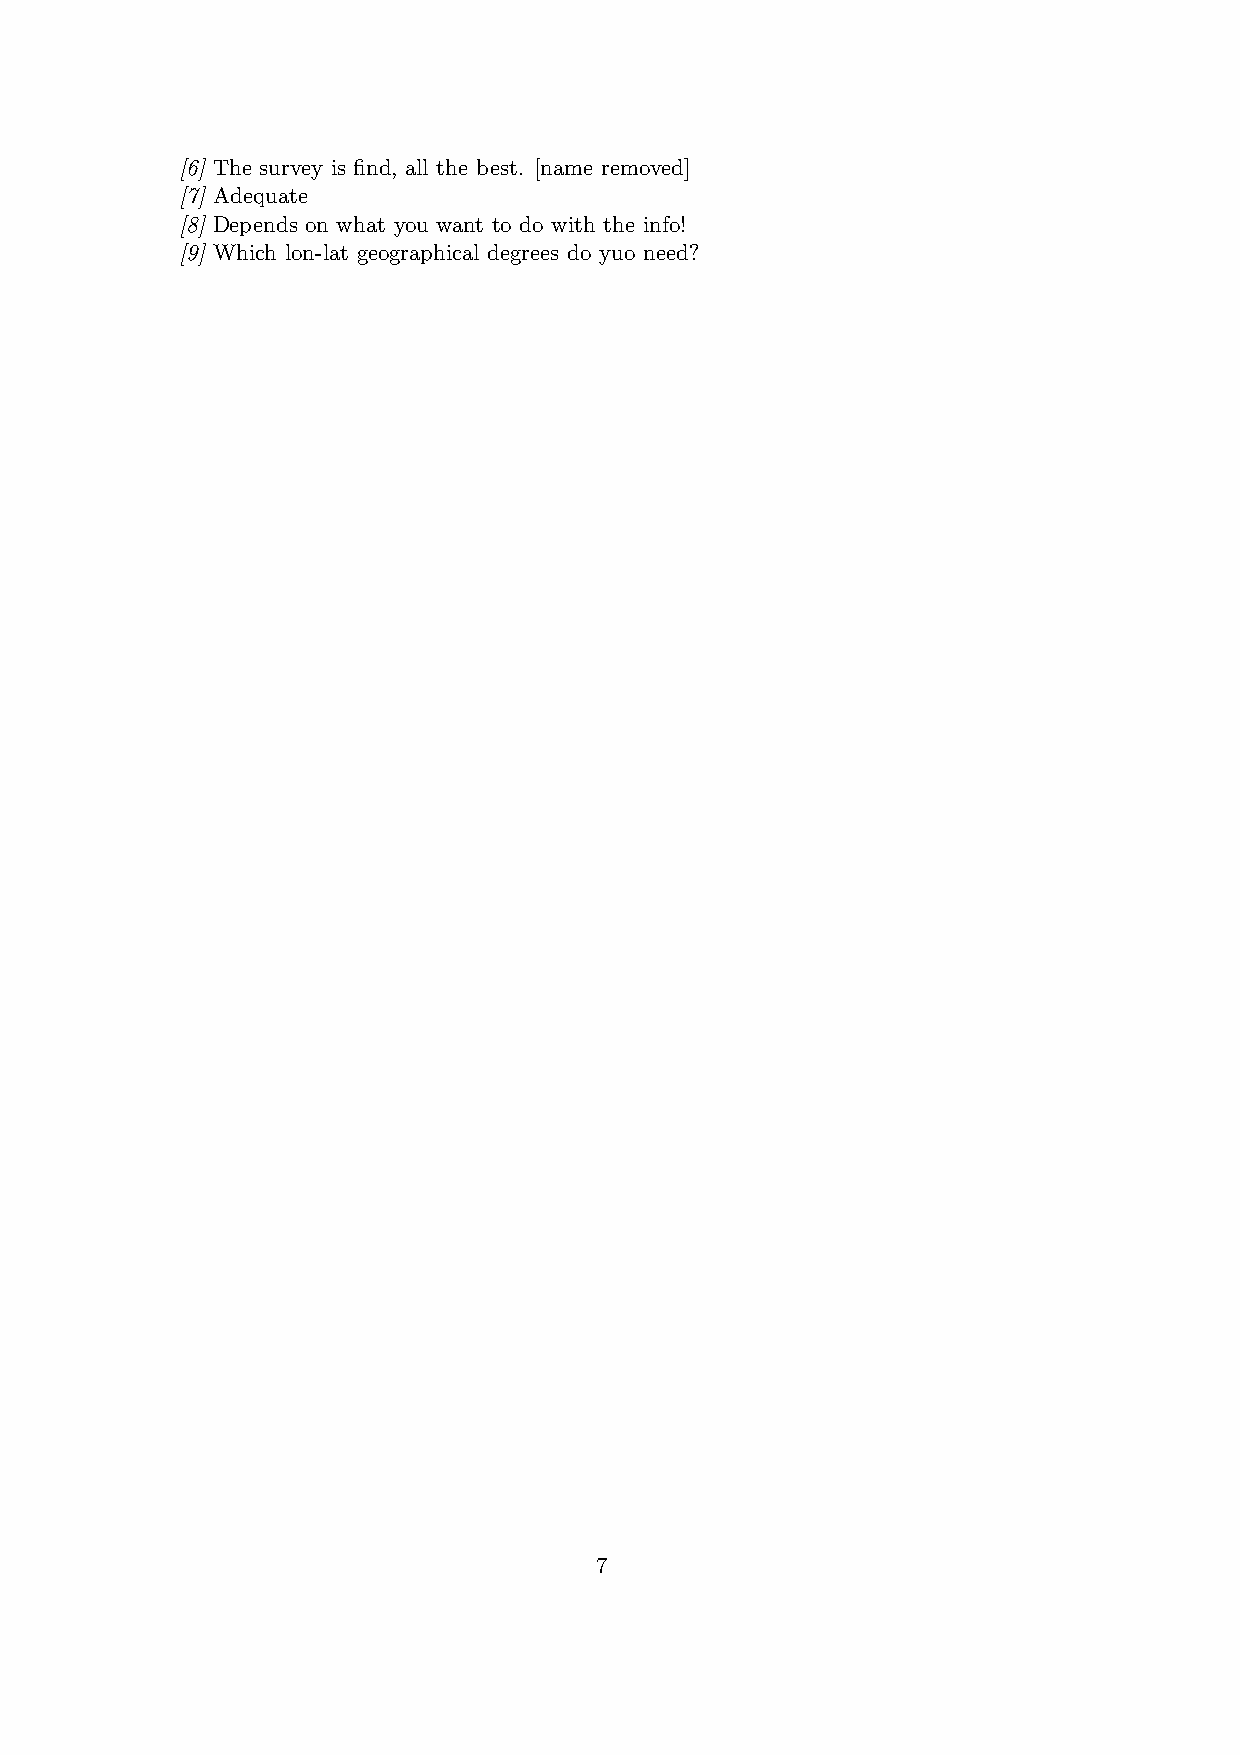
[6] The survey is find, all the best. [name removed]
 [7] Adequate
 [8] Depends on what you want to do with the info!
 [9] Which lon-lat geographical degrees do yuo need?
 7